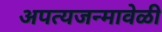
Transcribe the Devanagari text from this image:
अपत्यजन्मावेळी